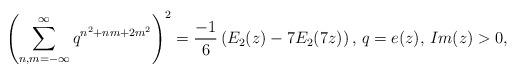
LaTeX: \begin{align*}\left(\sum^{\infty}_{n,m=-\infty}q^{n^2+nm+2m^2}\right)^2=\frac{-1}{6}\left(E_2(z)-7E_2(7z)\right)\textrm{, }q=e(z)\textrm{, }Im(z)>0,\end{align*}